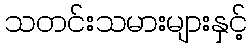
သတင်းသမားများနှင့်